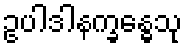
ဥပါဒါနက္ခန္ဓေသု